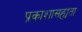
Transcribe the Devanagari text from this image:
प्रकाशासह्यता